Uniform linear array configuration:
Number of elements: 8
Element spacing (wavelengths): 1
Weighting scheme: exponential
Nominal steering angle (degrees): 0
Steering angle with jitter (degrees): -1.934
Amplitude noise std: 0.05
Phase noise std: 0.05

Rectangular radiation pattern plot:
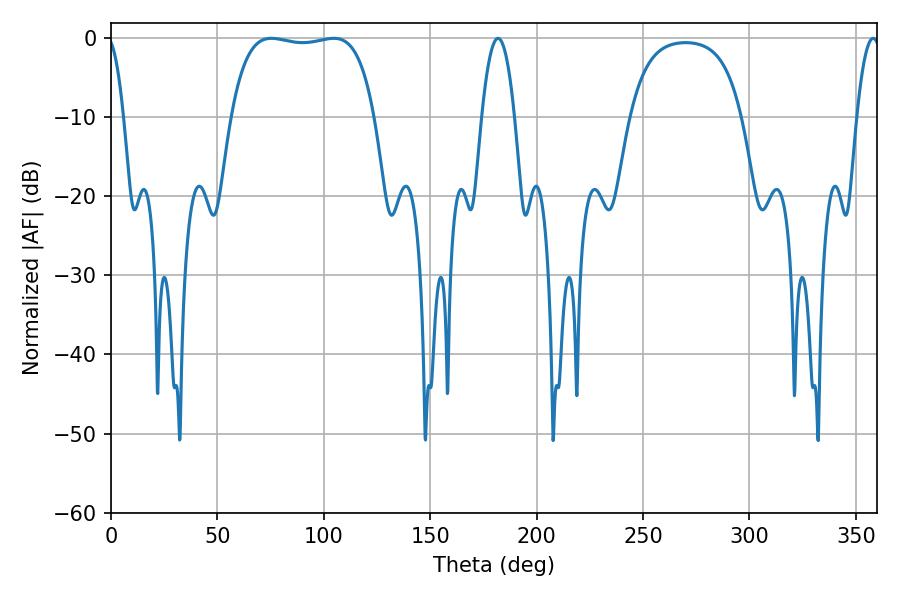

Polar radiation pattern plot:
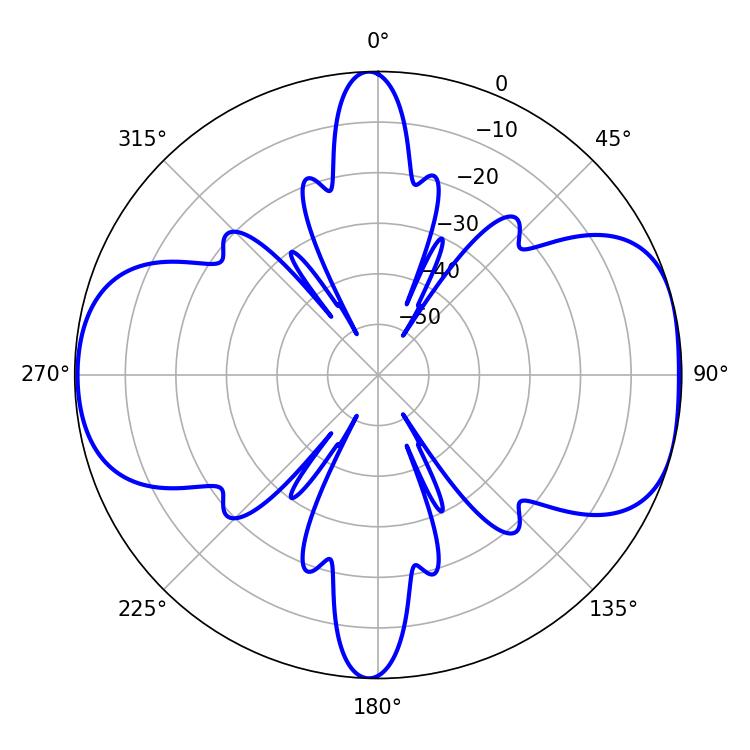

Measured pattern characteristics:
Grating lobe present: TRUE
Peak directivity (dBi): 7.944
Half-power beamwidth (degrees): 53.64
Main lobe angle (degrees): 75.42